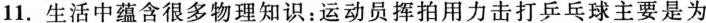
11.生活中蕴含很多物理知识：运动员挥拍用力击打乒乓球主要是为